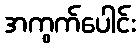
အကွက်ပေါင်း